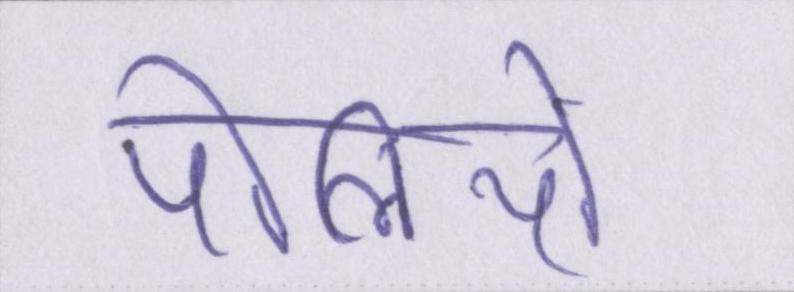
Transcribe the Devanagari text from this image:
पोलियो